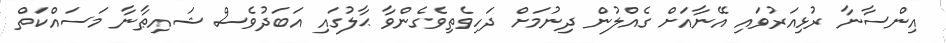
އިންސާނާ ރުޅިއަރުވައި އޭނާއަށް ގެއްލުން ދިނުމަށް ދަހިވެތިވެގެންވާ ޙާލުގައި އަބަދުވެސް ޝައިޠާނާ މަސައްކަތް